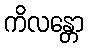
ကိလန္တော